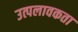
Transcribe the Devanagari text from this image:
उत्पलावकता